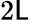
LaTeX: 2\mathsf{L}